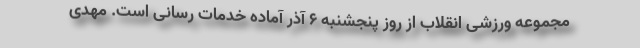
مجموعه ورزشی انقلاب از روز پنجشنبه ۶ آذر آماده خدمات رسانی است. مهدی